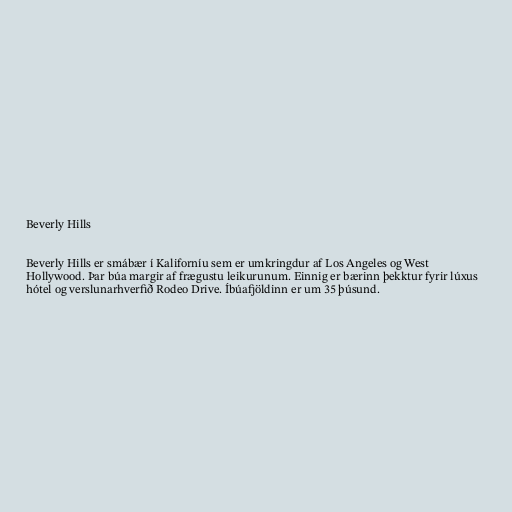
Beverly Hills

Beverly Hills er smábær í Kaliforníu sem er umkringdur af Los Angeles og West
Hollywood. Þar búa margir af frægustu leikurunum. Einnig er bærinn þekktur fyrir lúxus
hótel og verslunarhverfið Rodeo Drive. Íbúafjöldinn er um 35 þúsund.